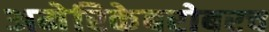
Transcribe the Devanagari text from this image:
अमेरिकेबरोबरच